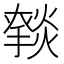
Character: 𰟥